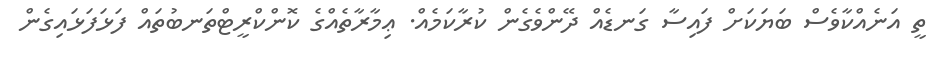
ތީ އަނެއްކާވެސް ބަޔަކަށް ފައިސާ ގަނޑެއް ދޭންވެގެން ކުރާކަމެއް. ޢިމާރާތެއްގެ ކޮންކްރީޓްތަނބުތައް ފަޅަފަޅައިގެން